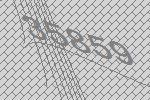
35859